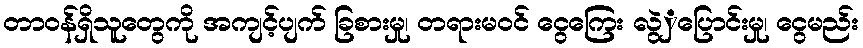
တာဝန်ရှိသူတွေကို အကျင့်ပျက် ခြစားမှု၊ တရားမဝင် ငွေကြေး လွဲှပြောင်းမှု၊ ငွေမည်း